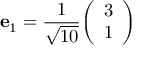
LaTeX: \mathbf { e } _ { 1 } = { \frac { 1 } { \sqrt { 1 0 } } } { \left( \begin{array} { l } { 3 } \\ { 1 } \end{array} \right) }